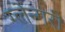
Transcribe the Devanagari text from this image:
ग्लेन्गरी